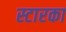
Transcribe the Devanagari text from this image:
स्टारका